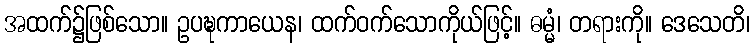
အထက်၌ဖြစ်သော။ ဥပဍ္ဎကာယေန၊ ထက်ဝက်သောကိုယ်ဖြင့်။ ဓမ္မံ၊ တရားကို။ ဒေသေတိ၊